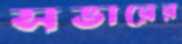
সভারের